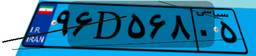
۴۱D۱۳۳۵۴